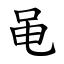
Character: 黾